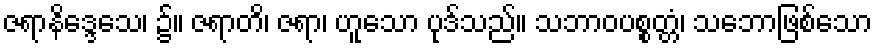
ဇရာနိဒ္ဒေသေ၊ ၌။ ဇရာတိ၊ ဇရာ၊ ဟူသော ပုဒ်သည်။ သဘာဝပစ္စတ္တံ၊ သဘောဖြစ်သော